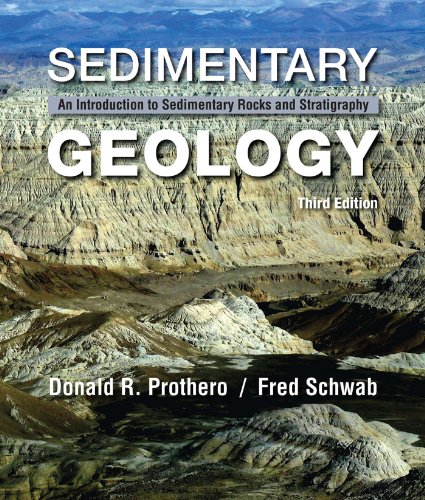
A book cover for Sedimentary Geology; Donald R. Prothero; Science & Math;